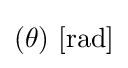
(\theta )\ \mathrm {[rad]}